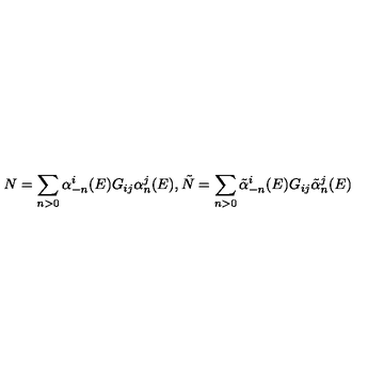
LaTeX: N = \sum _ { n > 0 } \alpha _ { - n } ^ { i } ( E ) G _ { i j } \alpha _ { n } ^ { j } ( E ) , \tilde { N } = \sum _ { n > 0 } \tilde { \alpha } _ { - n } ^ { i } ( E ) G _ { i j } \tilde { \alpha } _ { n } ^ { j } ( E )